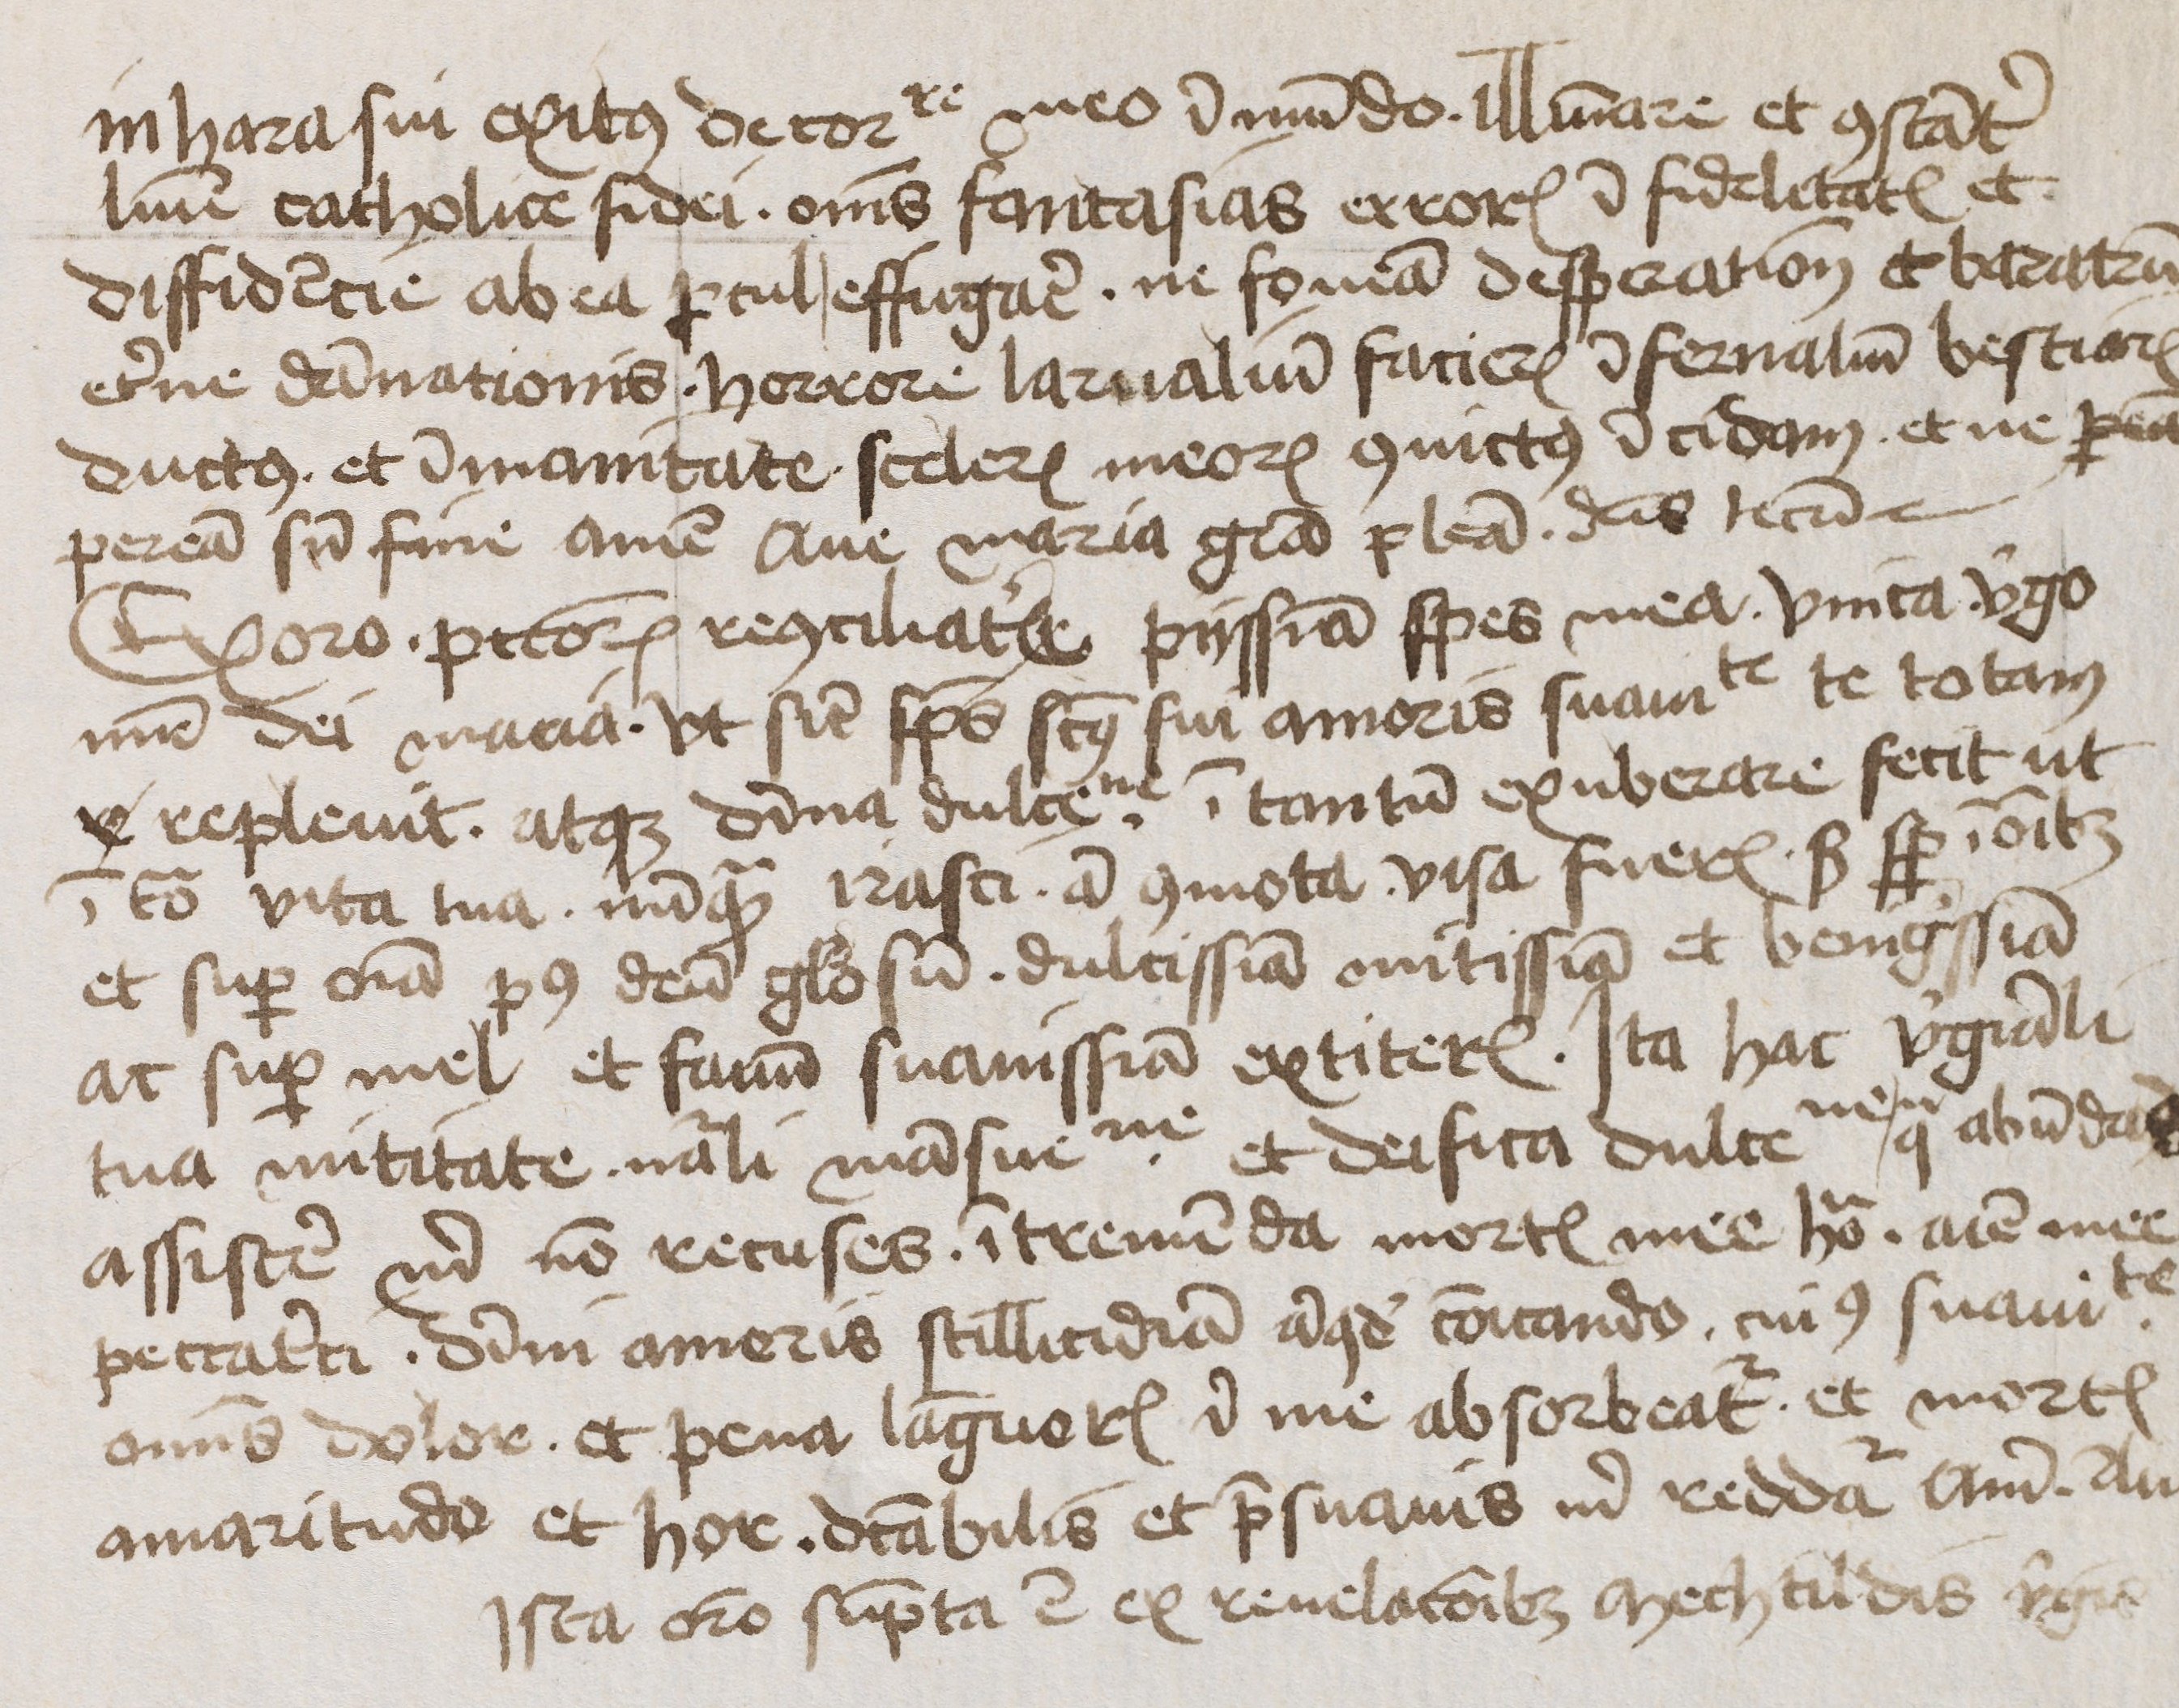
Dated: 1400–1449